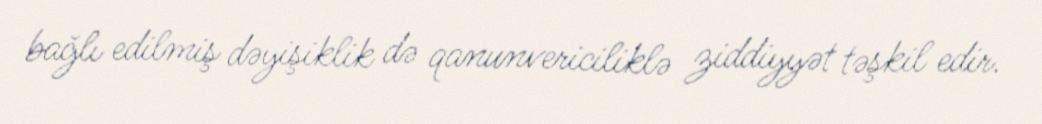
bağlı edilmiş dəyişiklik də qanunvericiliklə ziddiyyət təşkil edir.